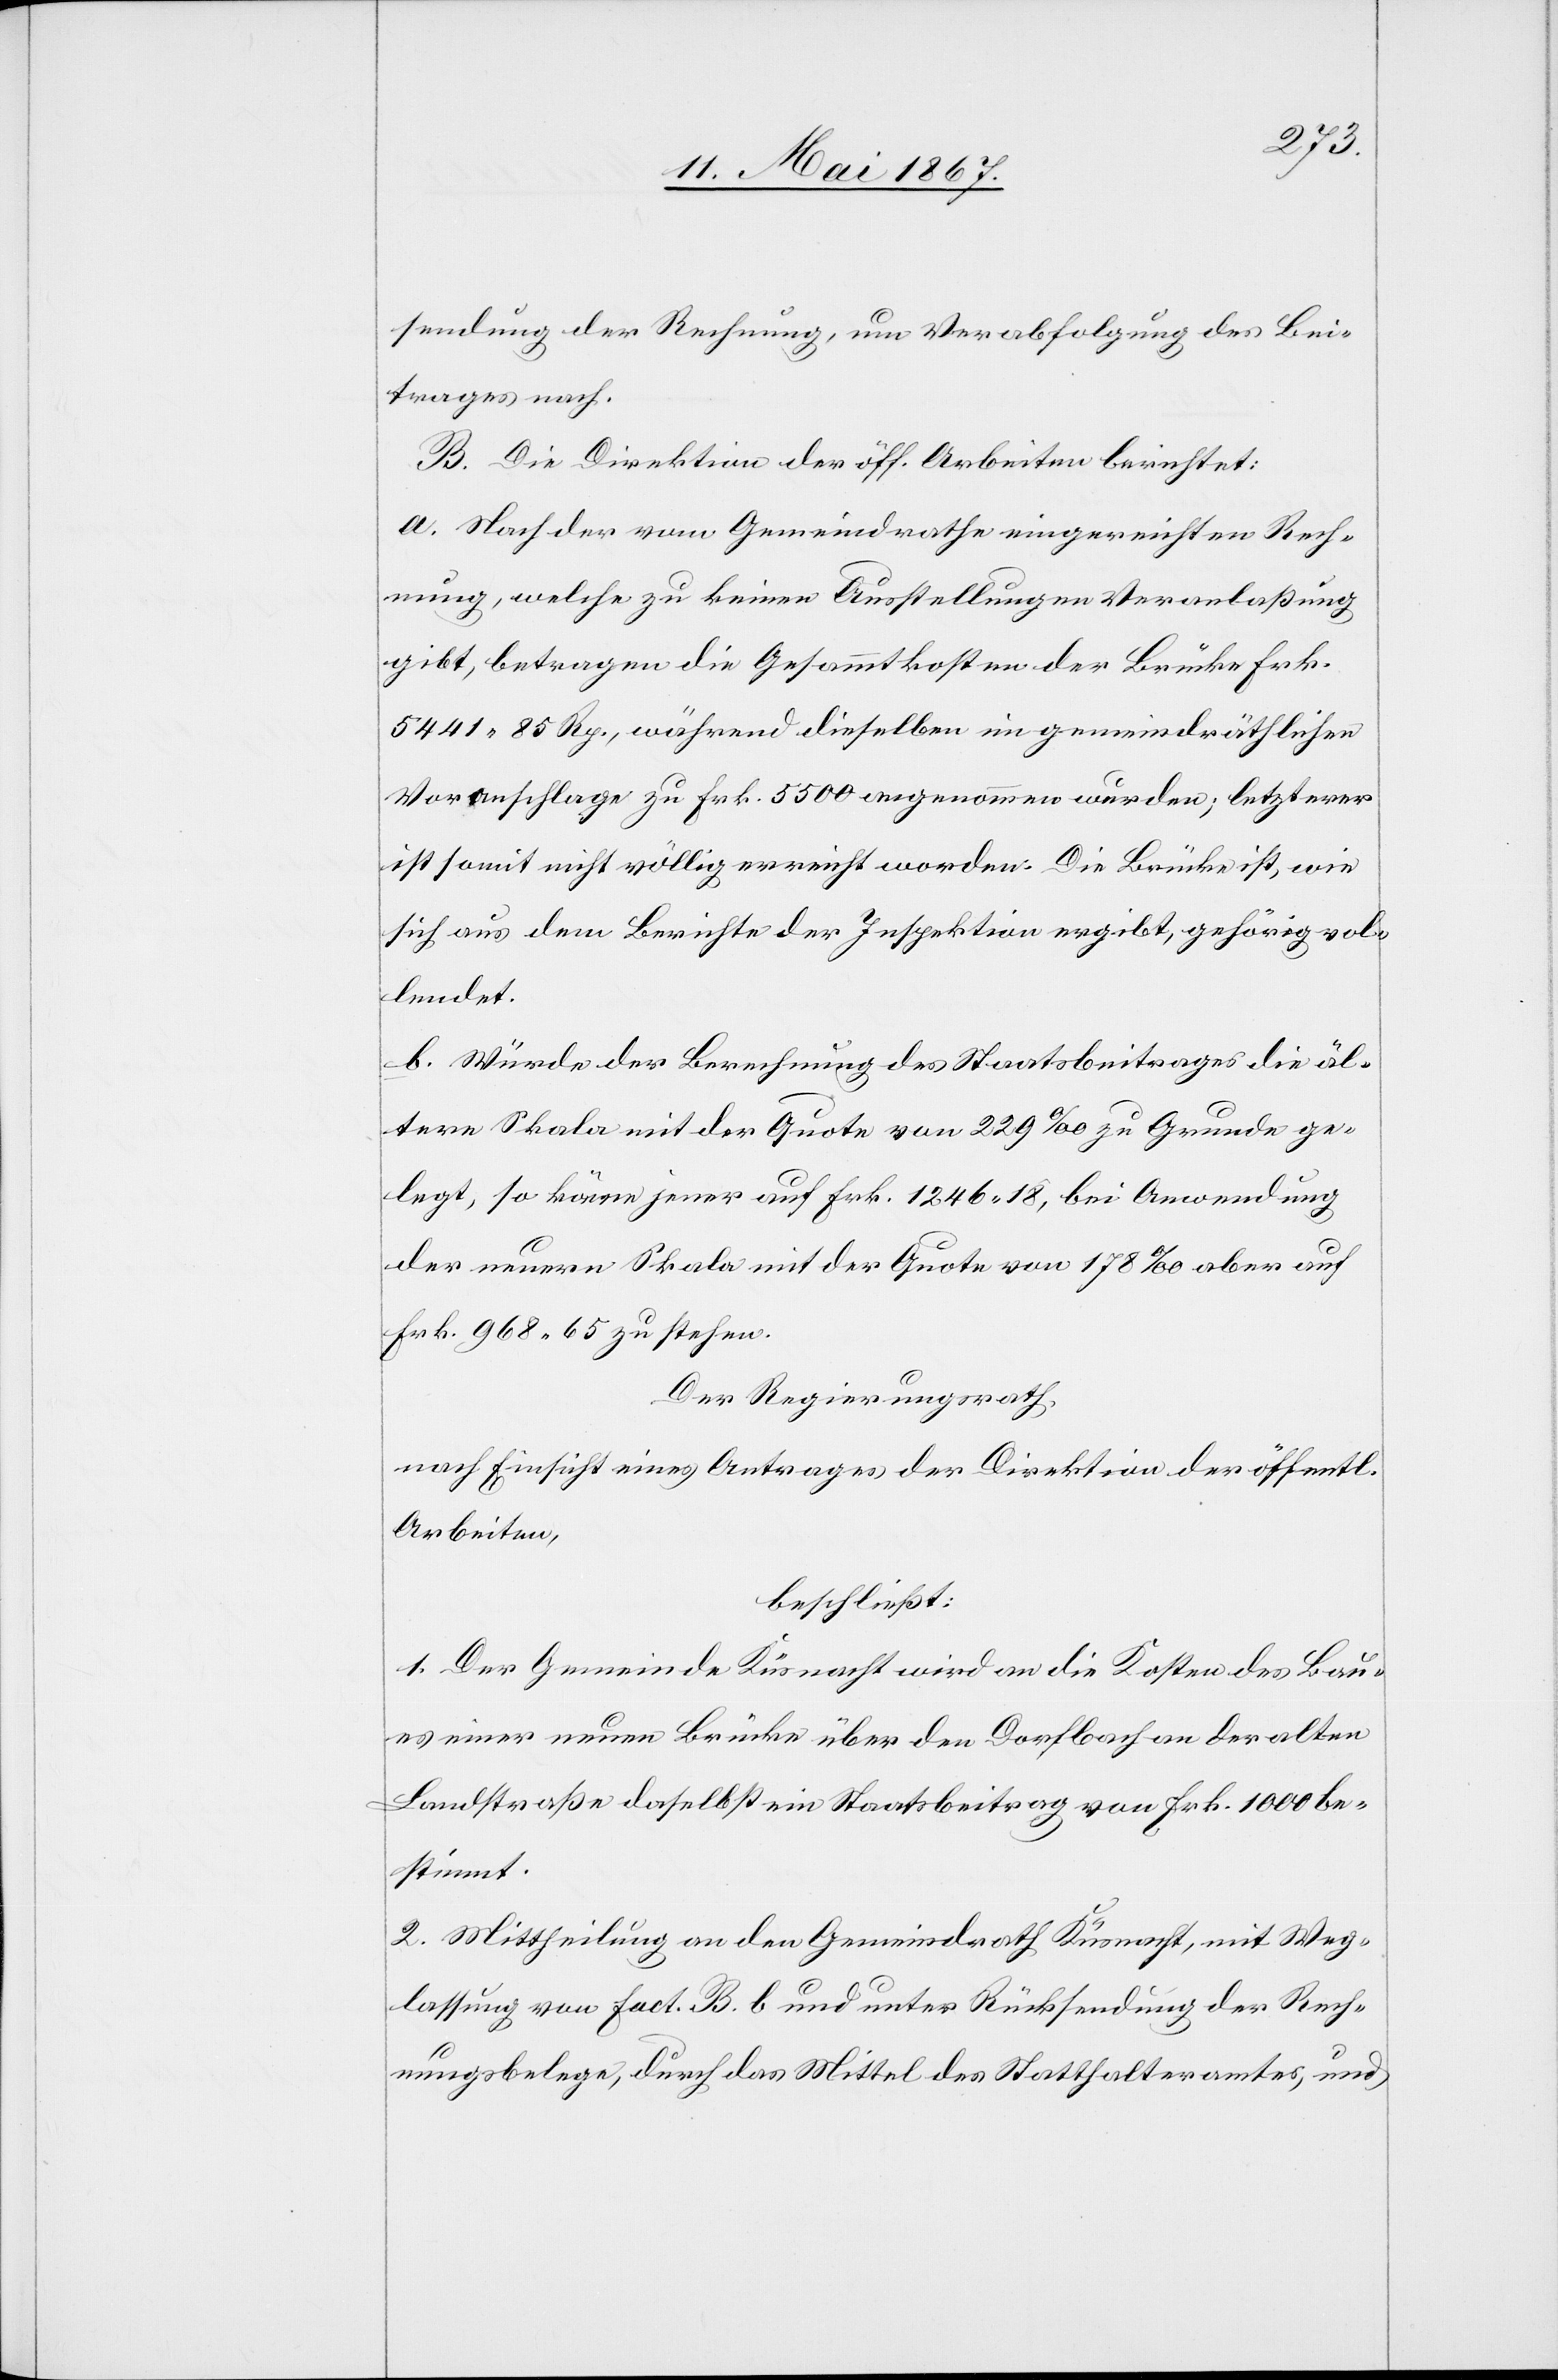
sendung der Rechnung, um Verabfolgung des Bei¬
trages nach.
B. Die Direktion der öff. Arbeiten berichtet:
a. Nach der vom Gemeindrathe eingereichten Rech¬
nung, welche zu keinen Ausstellungen Veranlaßung
gibt, betragen die Gesammtkosten der Brücke Frk.
5441. 85 Rp., während dieselben im gemeindräthlichen
Voranschlage zu Frk. 5500 angenommen wurden; letztere
ist somit nicht völlig erreicht worden. Die Brücke ist, wie
sich aus dem Berichte der Inspektion ergibt, gehörig vol¬
lendet.
b. Würde der Berechnung des Staatsbeitrages die äl¬
tere Skala mit der Quote von 229‰ zu Grunde ge¬
legt, so käme jener auf Frk. 1246. 18, bei Anwendung
der neuern Skala mit der Quote von 178‰ aber auf
Frk. 968, 65 zu stehen.
Der Regierungsrath,
nach Einsicht eines Antrages der Direktion der öffentl.
Arbeiten,
beschließt:
1. Der Gemeinde Küsnacht wird an die Kosten des Bau¬
es einer neuen Brücke über den Dorfbach an der alten
Landstraße daselbst ein Staatsbeitrag von Frk. 1000 be¬
stimmt.
2. Mittheilung an den Gemeindrath Küsnacht, mit Weg¬
lassung von Fact. B. b und unter Rücksendung der Rech¬
nungsbelege, durch das Mittel des Statthalteramtes, und